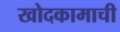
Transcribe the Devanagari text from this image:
खोदकामाची